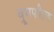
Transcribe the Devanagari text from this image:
ब्रूमफील्ड